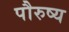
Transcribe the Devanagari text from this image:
पौरुष्य